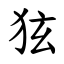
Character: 㹡